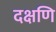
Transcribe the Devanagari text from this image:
दक्षणि